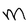
Character: M